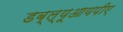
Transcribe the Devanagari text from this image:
डब्ल्यूआयपीए